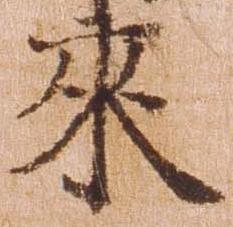
来